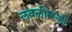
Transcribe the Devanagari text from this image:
लवलीन्स्की